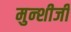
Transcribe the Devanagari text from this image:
मुन्शीजी